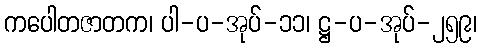
ကပေါတဇာတက၊ ပါ-ပ-အုပ်-၁၁၊ ဋ္ဌ-ပ-အုပ်-၂၅၉၊